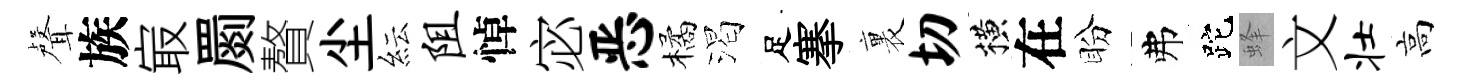
聲族㝡罽贅尘紜阻悼宓恶橘渴足搴裏切横在盼弗跎蜂文壮高